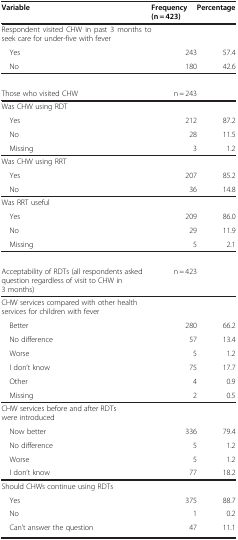
| Variable | Frequency (n = 423) | Percentage |
 | --- | --- | --- |
 | Respondent visited CHW in past 3 months to seek care for under-five with fever |  |  |
 | Yes | 243 | 57.4 |
 | No | 180 | 42.6 |
 |  |  |  |
 | Those who visited CHW | n = 243 |  |
 | Was CHW using RDT |  |  |
 | Yes | 212 | 87.2 |
 | No | 28 | 11.5 |
 | Missing | 3 | 1.2 |
 | Was CHW using RRT |  |  |
 | Yes | 207 | 85.2 |
 | No | 36 | 14.8 |
 | Was RRT useful |  |  |
 | Yes | 209 | 86.0 |
 | No | 29 | 11.9 |
 | Missing | 5 | 2.1 |
 |  |  |  |
 | Acceptability of RDTs (all respondents asked question regardless of visit to CHW in 3 months) | n = 423 |  |
 | CHW services compared with other health services for children with fever |  |  |
 | Better | 280 | 66.2 |
 | No difference | 57 | 13.4 |
 | Worse | 5 | 1.2 |
 | I don’t know | 75 | 17.7 |
 | Other | 4 | 0.9 |
 | Missing | 2 | 0.5 |
 | CHW services before and after RDTs were introduced |  |  |
 | Now better | 336 | 79.4 |
 | No difference | 5 | 1.2 |
 | Worse | 5 | 1.2 |
 | I don’t know | 77 | 18.2 |
 | Should CHWs continue using RDTs |  |  |
 | Yes | 375 | 88.7 |
 | No | 1 | 0.2 |
 | Can’t answer the question | 47 | 11.1 |